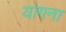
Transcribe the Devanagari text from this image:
यागना